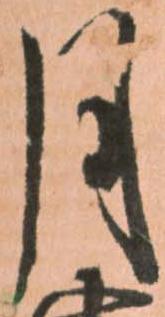
月